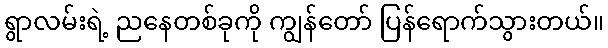
ရွာလမ်းရဲ့ ညနေတစ်ခုကို ကျွန်တော် ပြန်ရောက်သွားတယ်။